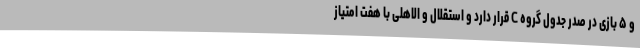
و ۵ بازی در صدر جدول گروه C قرار دارد و استقلال و الاهلی با هفت امتیاز